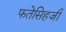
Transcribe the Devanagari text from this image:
फतेसिहजी